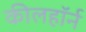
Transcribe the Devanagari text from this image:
कीलहॉर्न